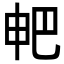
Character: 𤰷